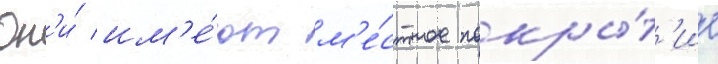
Он'и́ им'е́ют м'е́стное покры́т'ие